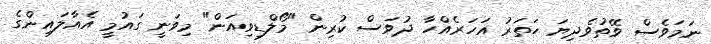
ނަމަވެސް ވޭތުވެދިޔަ ހަތަރު އަހަރެއްހާ ދުވަސް ކުރިން "މޯލްޑިވިއަން" މިވަނީ ގައުމީ އެއާލައިންގެ